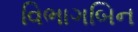
વિભાગબિન